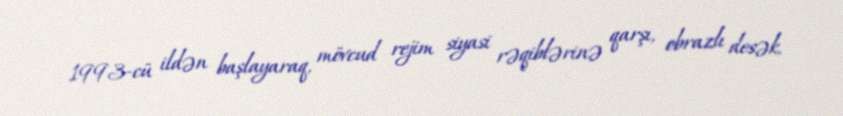
1993-cü ildən başlayaraq, mövcud rejim siyasi rəqiblərinə qarşı, obrazlı desək,